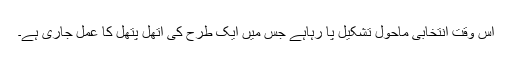
اس وقت انتخابی ماحول تشکیل پا رہاہے جس میں ایک طرح کی اتھل پتھل کا عمل جاری ہے۔